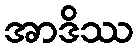
အာဒိဿ